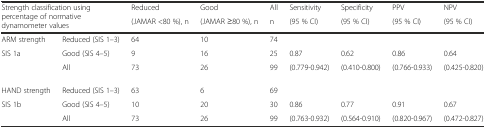
<table><thead><tr><td rowspan="2" colspan="2"><b>Strength classification using percentage of normative dynamometer values</b></td><td><b>Reduced</b></td><td><b>Good</b></td><td><b>All</b></td><td><b>Sensitivity</b></td><td><b>Specificity</b></td><td><b>PPV</b></td><td><b>NPV</b></td></tr><tr><td><b>(JAMAR &lt;80 %), n</b></td><td><b>(JAMAR ≥80 %), n</b></td><td><b>n</b></td><td><b>(95 % CI)</b></td><td><b>(95 % CI)</b></td><td><b>(95 % CI)</b></td><td><b>(95 % CI)</b></td></tr></thead><tbody><tr><td>ARM strength</td><td>Reduced (SIS 1–3)</td><td>64</td><td>10</td><td>74</td><td></td><td></td><td></td><td></td></tr><tr><td rowspan="2">SIS 1a</td><td>Good (SIS 4–5)</td><td>9</td><td>16</td><td>25</td><td>0.87</td><td>0.62</td><td>0.86</td><td>0.64</td></tr><tr><td>All</td><td>73</td><td>26</td><td>99</td><td>(0.779-0.942)</td><td>(0.410-0.800)</td><td>(0.766-0.933)</td><td>(0.425-0.820)</td></tr><tr><td>HAND strength</td><td>Reduced (SIS 1–3)</td><td>63</td><td>6</td><td>69</td><td></td><td></td><td></td><td></td></tr><tr><td rowspan="2">SIS 1b</td><td>Good (SIS 4–5)</td><td>10</td><td>20</td><td>30</td><td>0.86</td><td>0.77</td><td>0.91</td><td>0.67</td></tr><tr><td>All</td><td>73</td><td>26</td><td>99</td><td>(0.763-0.932)</td><td>(0.564-0.910)</td><td>(0.820-0.967)</td><td>(0.472-0.827)</td></tr></tbody></table>